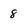
Character: 8